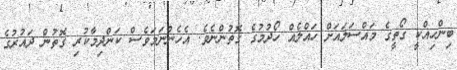
ބިންހިއްކީ ގޯތީގެ މައްސަލައަށް ހައްލެއް ހޯދުމުގެ ގޮތުންނެވެ. އެހެންނަމަވެސް ކަންދިމާކުރި ގޮތުން ދައުރުގެ